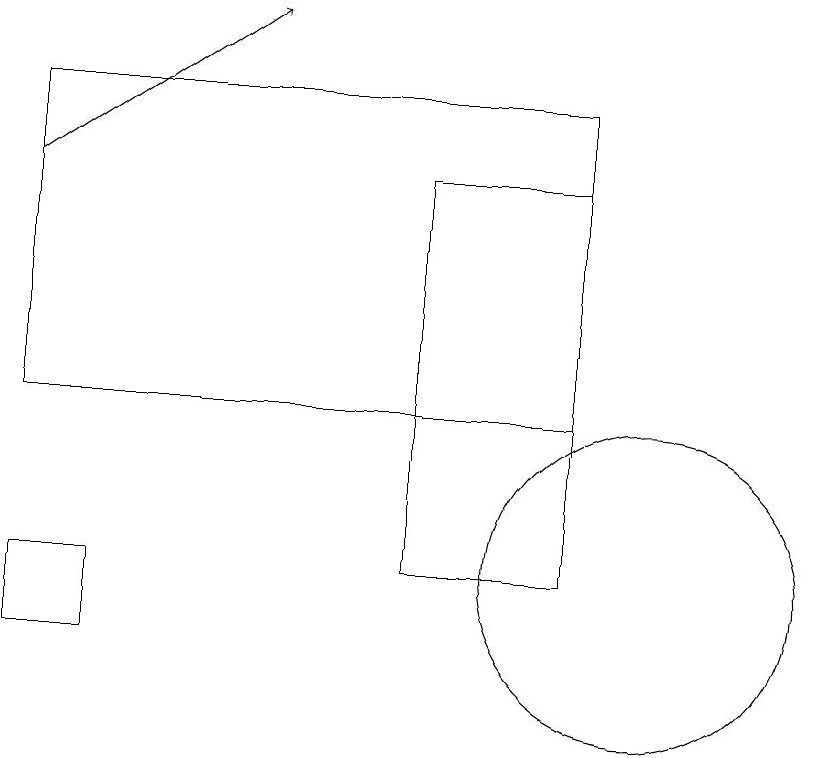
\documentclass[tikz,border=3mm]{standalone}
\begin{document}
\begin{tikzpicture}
\draw (10,11) circle (2);
\draw[->] (2,16) -- (5,18);
\draw (7,16) rectangle (9,11);
\draw (9,13) rectangle (2,17);
\draw (3,11) rectangle (2,10);
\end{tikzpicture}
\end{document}